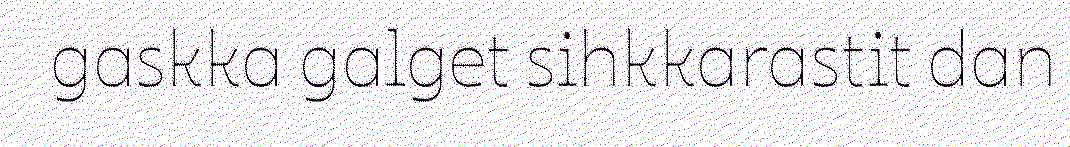
gaskka galget sihkkarastit dan